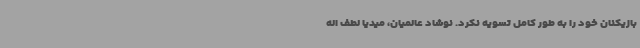
بازیکنان خود را به طور کامل تسویه نکرد. نوشاد عالمیان، میدیا لطف اله